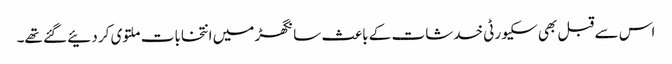
اس سے قبل بھی سکیورٹی خدشات کے باعث سانگھڑ میں انتخابات ملتوی کر دئیے گئے تھے۔